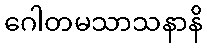
ဂေါတမသာသနာနိ